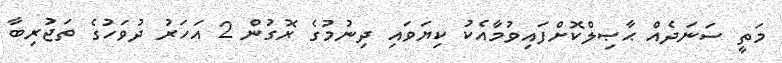
މަތީ ސަނަދެއް ޙާޞިލްކޮށްފައިވުމާއެކު ކިޔަވައި ދިނުމުގެ ރޮގުން 2 އަހަރު ދުވަހުގެ ތަޖުރިބާ